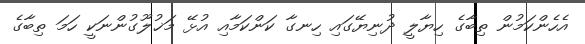
އެހެންކަމުން ތިބާގެ ހިޔާލީ ދުނިޔޭގައި ހިނގާ ކަންކަމާއި އުޅޭ މަޚުލޫގުންނަކީ ހަމަ ތިބާގެ